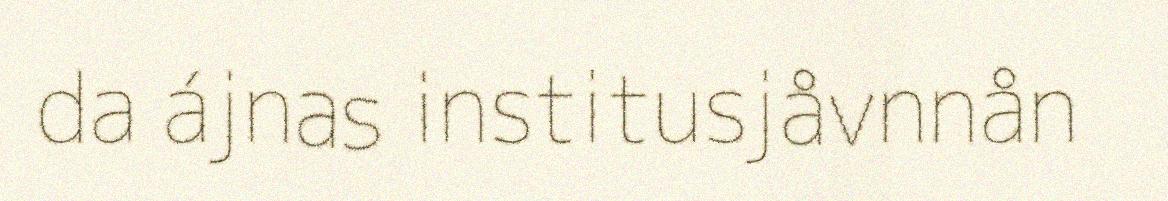
da ájnas institusjåvnnån